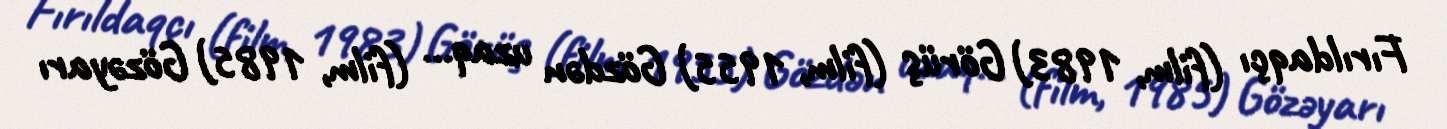
Fırıldaqçı (film, 1983) Görüş (film, 1955) Gözdən uzaq… (film, 1985) Gözəyarı